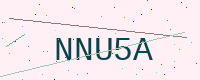
Text: NNU5A